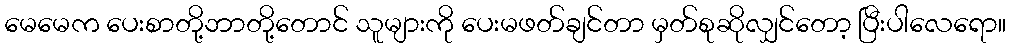
မေမေက ပေးစာတို့ဘာတို့တောင် သူများကို ပေးမဖတ်ချင်တာ မှတ်စုဆိုလျှင်တော့ ပြီးပါလေရော။